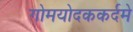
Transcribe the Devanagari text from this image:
गोमयोदककर्दमे